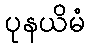
ပုနယိမံ